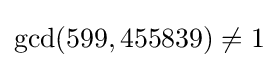
\gcd(599,455839)\neq 1